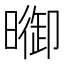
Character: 𣊗